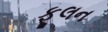
ફૂલન